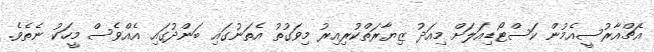
އެޗްއާރުސީއެމުން ކަސްޓޯޑިއަލަށް މިއަދު ޒިޔާރަތްކުރިއިރު މިވަގުތު އެތަނުގައި ބަންދުގައި އެއްވެސް މީހަކު ނެތެވެ.